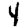
Digit: 4